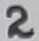
Text: 2